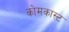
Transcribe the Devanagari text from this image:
कोमकास्ट